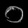
Digit: ၀